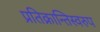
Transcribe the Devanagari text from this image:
प्रतिक्रान्तिस्वरुप